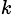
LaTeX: ^{k}